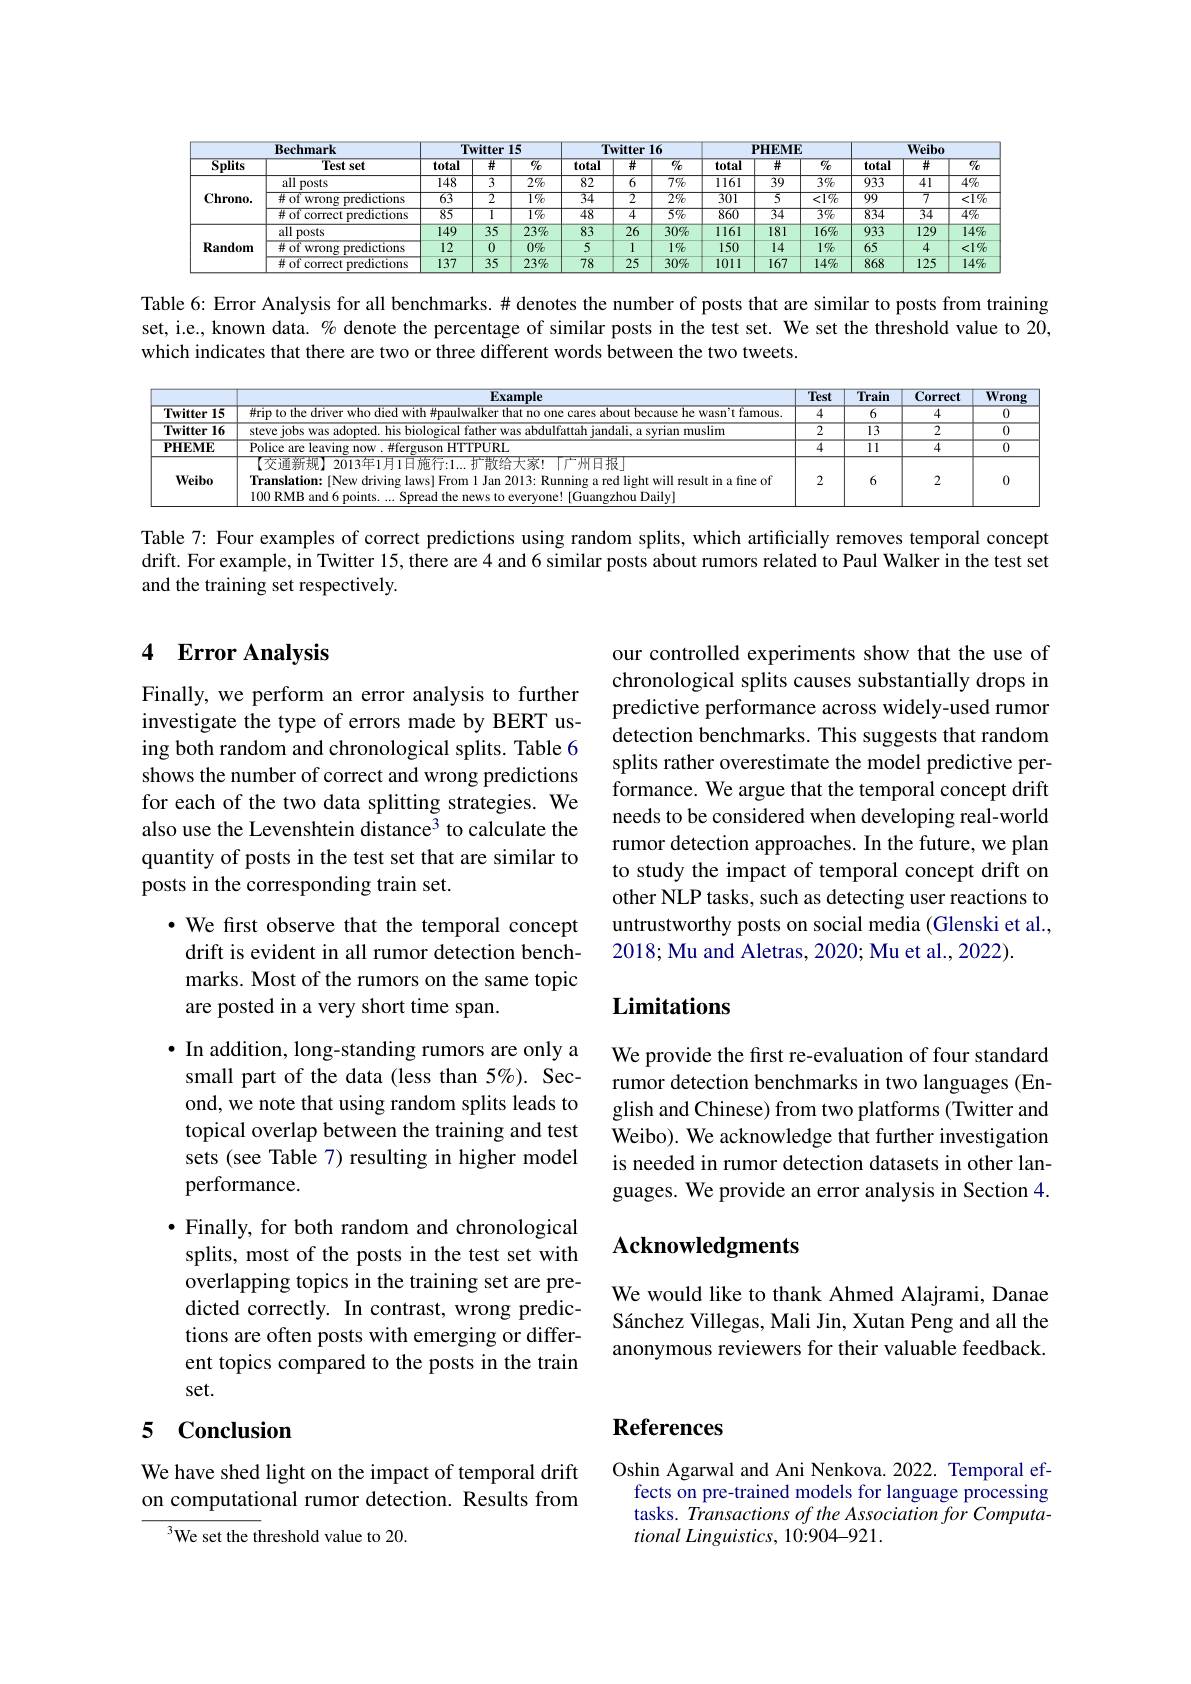
<table>
	<tbody>
		<tr>
			<th colspan="2">Bechmark</th>
			<th colspan="3">Twitter 15</th>
			<th colspan="2">Twitter 16</th>
			<th> </th>
			<th colspan="2">PHEME</th>
			<th colspan="3">Weibo</th>
		</tr>
		<tr>
			<th>Splits</th>
			<th>Test set</th>
			<th>total</th>
			<th>$\overline{\#}$</th>
			<th>$\overline{g_C}$</th>
			<th>total</th>
			<th>$\overline{\#}$</th>
			<th>total</th>
			<th>井</th>
			<th>$\overline{C/c}$</th>
			<th>total</th>
			<th>$\#$</th>
			<th>$\textcircled{7}0$</th>
		</tr>
		<tr>
			<td rowspan="3">$\mathbf{Chrono.}$</td>
			<td>${\overline{allposts}}$</td>
			<td>148</td>
			<td>$\overline{3}$</td>
			<td>$\overline{2\%}$</td>
			<td>82</td>
			<td>$\overline{6}$</td>
			<td>1161</td>
			<td>39</td>
			<td>$\overline{3\%}$</td>
			<td>$\overline{933}$</td>
			<td>41</td>
			<td>$4\%$</td>
		</tr>
		<tr>
			<td>$\#$ of wrong predictions</td>
			<td>63</td>
			<td>$\overline{2}$</td>
			<td>$\overline{190}$</td>
			<td>34</td>
			<td>$\overline{2}$</td>
			<td>301</td>
			<td>$\overline{5}$</td>
			<td>$\overline{<1\%}$</td>
			<td>99</td>
			<td>7</td>
			<td>$\overline{<19}$</td>
		</tr>
		<tr>
			<td># of correct predictions</td>
			<td>85</td>
			<td>$T$</td>
			<td>$\overline{190}$</td>
			<td>48</td>
			<td>4</td>
			<td>860</td>
			<td>$\overline{34}$</td>
			<td>$\overline{390}$</td>
			<td>834</td>
			<td>$\overline{34}$</td>
			<td>$\overline{4\%}$</td>
		</tr>
		<tr>
			<td rowspan="3">${\mathbf{Random}}$</td>
			<td>allposts</td>
			<td>149</td>
			<td>35</td>
			<td>$23\%$</td>
			<td>83</td>
			<td>26</td>
			<td>1161</td>
			<td>181</td>
			<td>$16\%$</td>
			<td>933</td>
			<td>129</td>
			<td>$14\%$</td>
		</tr>
		<tr>
			<td>#of wrong predictions</td>
			<td>12</td>
			<td>0</td>
			<td>$0\%$</td>
			<td>5</td>
			<td>1</td>
			<td>150</td>
			<td>14</td>
			<td>190</td>
			<td>65</td>
			<td>4</td>
			<td><19</td>
		</tr>
		<tr>
			<td># of correct predictions</td>
			<td>137</td>
			<td>35</td>
			<td>$23\%$</td>
			<td>78</td>
			<td>25</td>
			<td>1011</td>
			<td>167</td>
			<td>$14\%$</td>
			<td>868</td>
			<td>125</td>
			<td>$14\%$</td>
		</tr>
	</tbody>
</table>

Table 6: Error Analysis for all benchmarks. # denotes the number of posts that are similar to posts from training set, i.e., known data. % denote the percentage of similar posts in the test set. We set the threshold value to 20, which indicates that there are two or three different words between the two tweets.

<table>
	<tbody>
		<tr>
			<th> </th>
			<th>Example</th>
			<th>Test</th>
			<th>Train</th>
			<th>Correct</th>
			<th>Wron</th>
		</tr>
		<tr>
			<td>15 Twitter</td>
			<td>trup to the drrver who dred with #naulwalker that r about because he wasn't famous</td>
			<td>$\overline{4}$</td>
			<td>$\overline{6}$</td>
			<td>4</td>
			<td>0</td>
		</tr>
		<tr>
			<td>16 Twitter</td>
			<td>steve 1ohs was adontec dali. a svrian muslim</td>
			<td>$\overline{2}$</td>
			<td>13</td>
			<td>$\overline{2}$</td>
			<td>0</td>
		</tr>
		<tr>
			<td>$\mathbf{PHEME}$</td>
			<td>Police are leaving now $\#$ferguson HTTPURL</td>
			<td>$\overline{4}$</td>
			<td>$\overline{\Pi}$</td>
			<td>4</td>
			<td>$\overline{0}$</td>
		</tr>
		<tr>
			<td>Weibo</td>
			<td>(交通新规) 2013年1月1日施行：1...扩散给大家！「广州日报」 Translation: [New driving laws] From l Jan 2013: Running a red light will result in a fine of 100 RMB and 6 points.... Spread the news to everyone! [Guangzhou Daily]</td>
			<td>2</td>
			<td>6</td>
			<td>2</td>
			<td>0</td>
		</tr>
	</tbody>
</table>

Table 7: Four examples of correct predictions using random splits, which artificially removes temporal concept drift. For example, in Twitter 15, there are 4 and 6 similar posts about rumors related to Paul Walker in the test set and the training set respectively.

### 4 $\textbf{Error Analvsis}$

Finally, we perform an error analysis to further investigate the type of errors made by BERT using both random and chronological splits. Table 6 shows the number of correct and wrong predictions for each of the two data splitting strategies. We also use the Levenshtein distance$^{3}$ to calculate the quantity of posts in the test set that are similar to posts in the corresponding train set.

our controlled experiments show that the use of chronological splits causes substantially drops in predictive performance across widely-used rumor detection benchmarks. This suggests that random splits rather overestimate the model predictive performance. We argue that the temporal concept drift needs to be considered when developing real-world rumor detection approaches. In the future, we plan to study the impact of temporal concept drift on other NLP tasks, such as detecting user reactions to untrustworthy posts on social media (Glenski et al., 2018; Mu and Aletras, 2020; Mu et al., 2022).

·We first observe that the temporal concept
drift is evident in all rumor detection benchmarks. Most of the rumors on the same topic are posted in a very short time span.

## $\mathbf{Limitations}$

We provide the first re-evaluation of four standard rumor detection benchmarks in two languages (English and Chinese) from two platforms (Twitter and Weibo). We acknowledge that further investigation is needed in rumor detection datasets in other languages. We provide an error analysis in Section 4.

$\bullet$ In addition, long-standing rumors are only a small part of the data (less than 5%). Second, we note that using random splits leads to topical overlap between the training and test sets (see Table 7) resulting in higher model performance.
$\bullet$ Finally, for both random and chronological splits, most of the posts in the test set with overlapping topics in the training set are predicted correctly. In contrast, wrong predictions are often posts with emerging or different topics compared to the posts in the train set.

## Acknowledgments

We would like to thank Ahmed Alajrami, Danae Sánchez Villegas, Mali Jin, Xutan Peng and all the anonymous reviewers for their valuable feedback.

# References

# 5 Conclusion

We have shed light on the impact of temporal drift on computational rumor detection. Results from

Oshin Agarwal and Ani Nenkova. 2022. Temporal effects on pre-trained models for language processing tasks. Transactions of the Association for Computational Linguistics, 10:904-921.

We set the threshold value to 20.